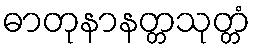
ဓာတုနာနတ္တသုတ္တံ